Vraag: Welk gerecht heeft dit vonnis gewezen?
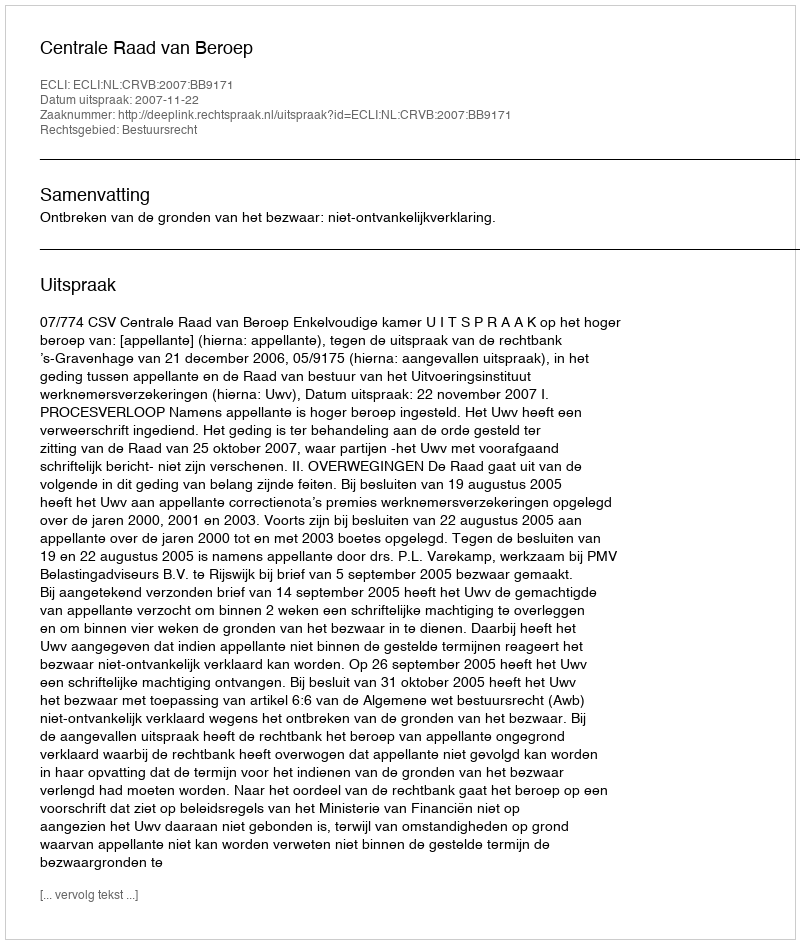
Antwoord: Centrale Raad van Beroep